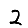
Digit: 2